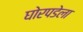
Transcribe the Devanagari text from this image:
घोरपडेला